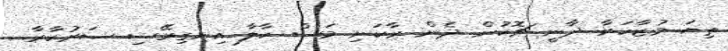
ތިޔަ މުޒާހަރާ ދާނީ ޗޮކުން ދެން ރާކަނި މަސް ކާލާ އިނގިރޭސި ސަރުކާރާ